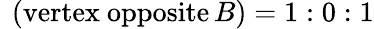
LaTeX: \ \left({\mathrm{vertex~opposite}}\, B\right)=1:0:1